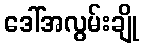
ဒေါ်အလွမ်းချို